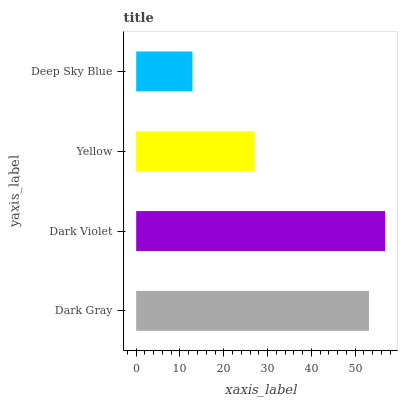
| yaxis_label | bars |
 | --- | --- |
 | Dark Gray | 53.2 |
 | Dark Violet | 56.8 |
 | Yellow | 27 |
 | Deep Sky Blue | 12.9 |